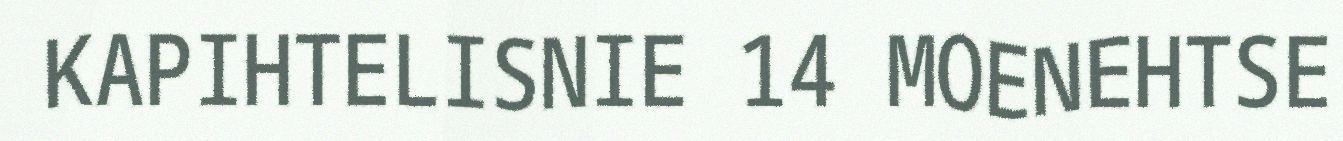
KAPIHTELISNIE 14 MOENEHTSE